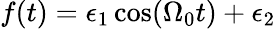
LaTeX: f(t)=\epsilon_{1}\cos(\Omega_{0}t)+\epsilon_{2}